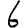
Digit: 6